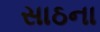
સાઠના